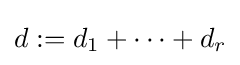
d:=d_{1}+\dots +d_{r}